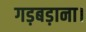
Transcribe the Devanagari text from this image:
गड़बड़ाना।